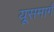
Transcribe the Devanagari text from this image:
यूसमार्ग